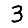
Digit: 3